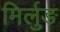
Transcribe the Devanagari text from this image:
मिर्लुङ